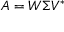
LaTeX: A = W \Sigma V ^ { * }